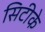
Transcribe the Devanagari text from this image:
सिटीके